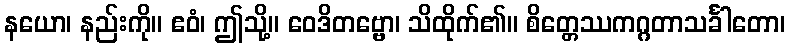
နယော၊ နည်းကို။ ဧဝံ၊ ဤသို့။ ဝေဒိတဗ္ဗော၊ သိထိုက်၏။ စိတ္တေဿကဂ္ဂတာသင်္ခါတော၊